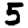
Digit: 5